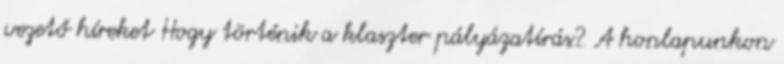
vezető híreket Hogy történik a klaszter pályázatírás? A honlapunkon